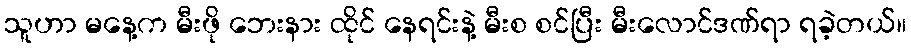
သူဟာ မနေ့က မီးဖို ဘေးနား ထိုင် နေရင်းနဲ့ မီးစ စင်ပြီး မီးလောင်ဒဏ်ရာ ရခဲ့တယ်။